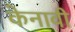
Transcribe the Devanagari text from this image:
केनावी